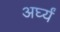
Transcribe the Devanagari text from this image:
अर्घ्यं